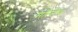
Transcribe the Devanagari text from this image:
मॉल्टेड